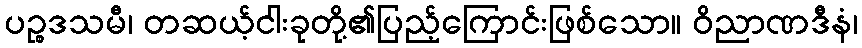
ပဉ္စဒသမီ၊ တဆယ့်ငါးခုတို့၏ပြည့်ကြောင်းဖြစ်သော။ ဝိညာဏဒီနံ၊